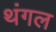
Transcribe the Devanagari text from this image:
थंगल